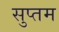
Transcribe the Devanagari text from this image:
सुप्तम